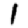
Digit: 1